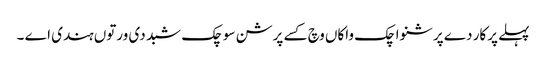
پہلے پرکار دے پرشنواچک واکاں وچ کسے پرشن سوچک شبد دی ورتوں ہندی اے ۔